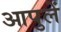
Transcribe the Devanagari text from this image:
आपुलें